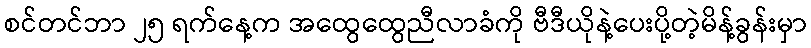
စင်တင်ဘာ ၂၅ ရက်နေ့က အထွေထွေညီလာခံကို ဗီဒီယိုနဲ့ပေးပို့တဲ့မိန့်ခွန်းမှာ